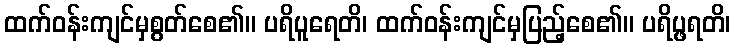
ထက်ဝန်းကျင်မှစွတ်စေ၏။ ပရိပူရေတိ၊ ထက်ဝန်းကျင်မှပြည့်စေ၏။ ပရိပ္ဖရတိ၊